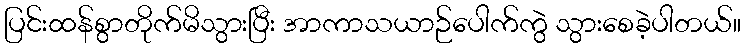
ပြင်းထန်စွာတိုက်မိသွားပြီး အာကာသယာဉ်ပေါက်ကွဲ သွားစေခဲ့ပါတယ်။